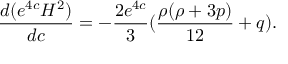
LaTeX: \frac { d ( e ^ { 4 c } H ^ { 2 } ) } { d c } = - \frac { 2 e ^ { 4 c } } { 3 } ( \frac { \rho ( \rho + 3 p ) } { 1 2 } + q ) .